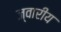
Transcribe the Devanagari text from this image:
ज्‍वारीय